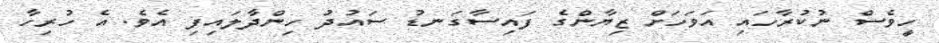
ހީވެސް ނުކުރާހައި އަވަހަށް ޒިޔާންގެ ފައިސާގަނޑު ސައުދު ހިންދާލައިފި އެވެ. އެ ހުރިހާ